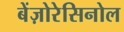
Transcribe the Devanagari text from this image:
बेंज़ोरेसिनोल